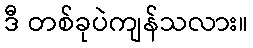
ဒီ တစ်ခုပဲကျန်သလား။